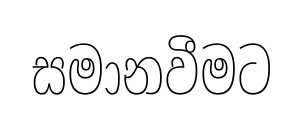
සමානවීමට